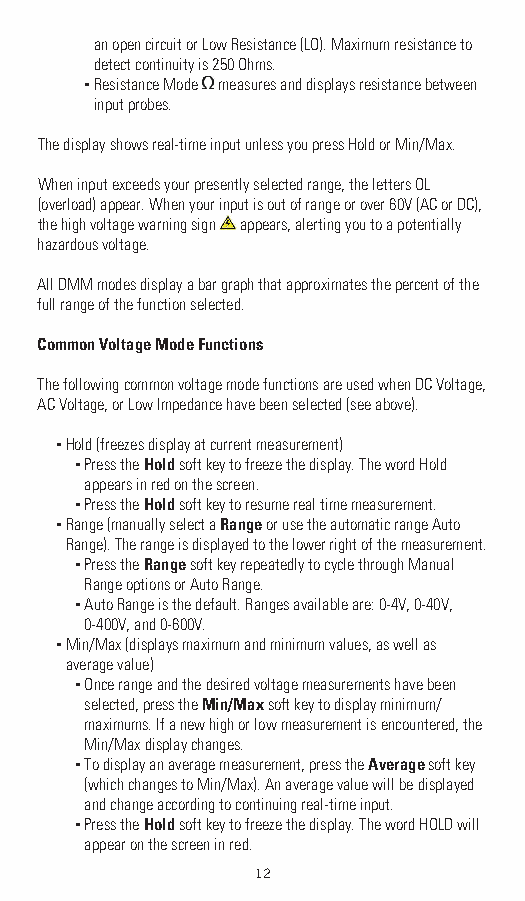
an open circuit or Low Resistance (LO). Maximum resistance to
 detect continuity is 250 Ohms.
 ▪ Resistance Mode measures and displays resistance between
 input probes.
 The display shows real-time input unless you press Hold or Min/Max.
 When input exceeds your presently selected range, the letters OL
 (overload) appear. When your input is out of range or over 60V (AC or DC),
 the high voltage warning sign appears, alerting you to a potentially
 hazardous voltage.
 All DMM modes display a bar graph that approximates the percent of the
 full range of the function selected.
 Common Voltage Mode Functions
 The following common voltage mode functions are used when DC Voltage,
 AC Voltage, or Low Impedance have been selected (see above).
 ▪ Hold (freezes display at current measurement)
 ▪ Press the Hold soft key to freeze the display. The word Hold
 appears in red on the screen.
 ▪ Press the Hold soft key to resume real time measurement.
 ▪ Range (manually select a Range or use the automatic range Auto
 Range). The range is displayed to the lower right of the measurement.
 ▪ Press the Range soft key repeatedly to cycle through Manual
 Range options or Auto Range.
 ▪ Auto Range is the default. Ranges available are: 0-4V, 0-40V,
 0-400V, and 0-600V.
 ▪ Min/Max (displays maximum and minimum values, as well as
 average value)
 ▪ Once range and the desired voltage measurements have been
 selected, press the Min/Max soft key to display minimum/
 maximums. If a new high or low measurement is encountered, the
 Min/Max display changes.
 ▪ To display an average measurement, press the Average soft key
 (which changes to Min/Max). An average value will be displayed
 and change according to continuing real-time input.
 ▪ Press the Hold soft key to freeze the display. The word HOLD will
 appear on the screen in red.
 12